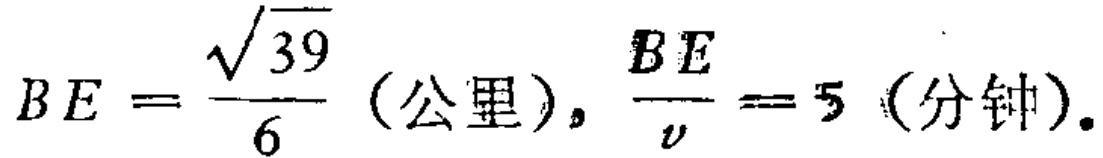
$BE = \frac{\sqrt{39}}{6} \text{（公里）}, \frac{BE}{v} = 5 \text{（分钟）}.$